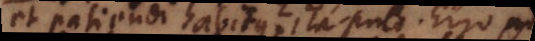
et patiendi habitus? Ita puto. Ergo ad